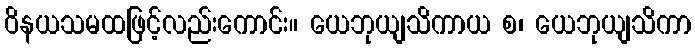
ဝိနယသမထဖြင့်လည်းကောင်း။ ယေဘုယျသိကာယ စ၊ ယေဘုယျသိကာ